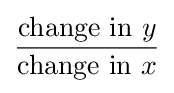
{\frac {{\text{change in }}y}{{\text{change in }}x}}